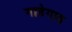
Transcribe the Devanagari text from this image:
गाडेगाव